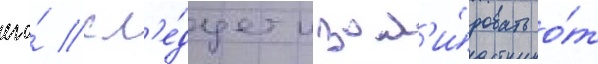
его́ сл'е́дует изол'и́ровать о́т